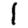
Digit: 1